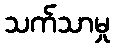
သက်သာမှု